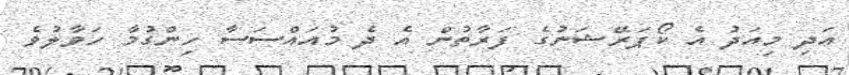
އަދި މިއަދު އެ ކޯޕަރޭޝަނުގެ ފަރާތުން އެ ދެ މުއައްސަސާ ހިންގުމާ ހަވާލުވެ